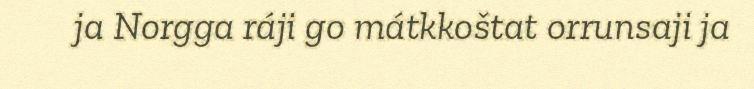
ja Norgga ráji go mátkkoštat orrunsaji ja